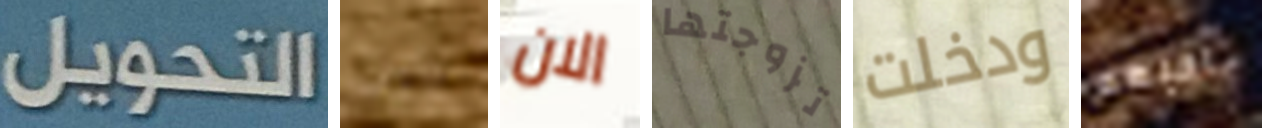
التحويل بارت الان تزوجتها ودخلت احبهم